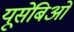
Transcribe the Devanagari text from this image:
यूसेबिओ